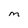
Character: M